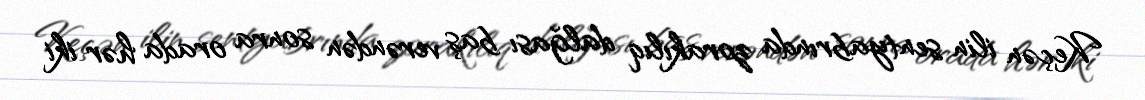
Keçən ilin sentyabrında zorakılıq dalğası baş verəndən sonra orada hər iki